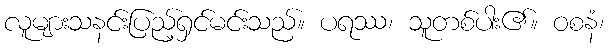
လူများသနင်းပြည့်ရှင်မင်းသည်။ ပရဿ၊ သူတစ်ပါး၏။ ဝစနံ၊